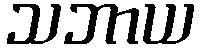
သဘာယ